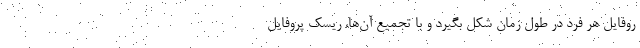
روفایل هر فرد در طول زمان شکل بگیرد و با تجمیع آن‌ها، ریسک پروفایل